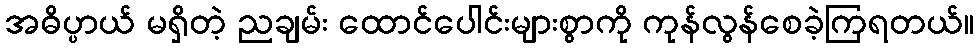
အဓိပ္ပာယ် မရှိတဲ့ ညချမ်း ထောင်ပေါင်းများစွာကို ကုန်လွန်စေခဲ့ကြရတယ်။